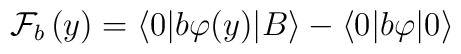
\mathcal{F}_{b}\left( y\right) =\langle 0|b\varphi (y)|B\rangle -\langle0|b\varphi |0\rangle